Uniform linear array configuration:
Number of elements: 24
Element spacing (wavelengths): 1
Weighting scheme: hamming
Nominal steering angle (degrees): -30
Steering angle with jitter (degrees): -29.249
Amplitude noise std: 0.05
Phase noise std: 0.05

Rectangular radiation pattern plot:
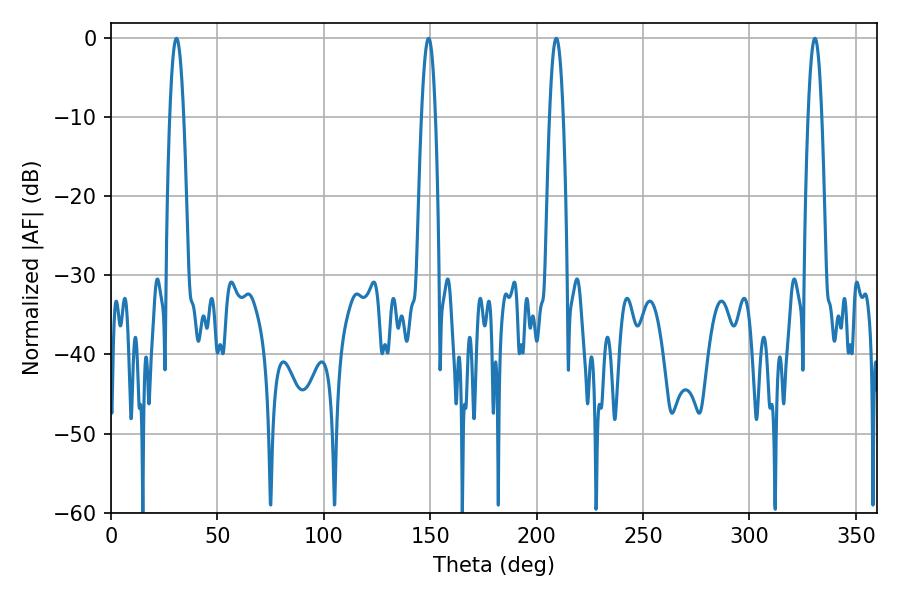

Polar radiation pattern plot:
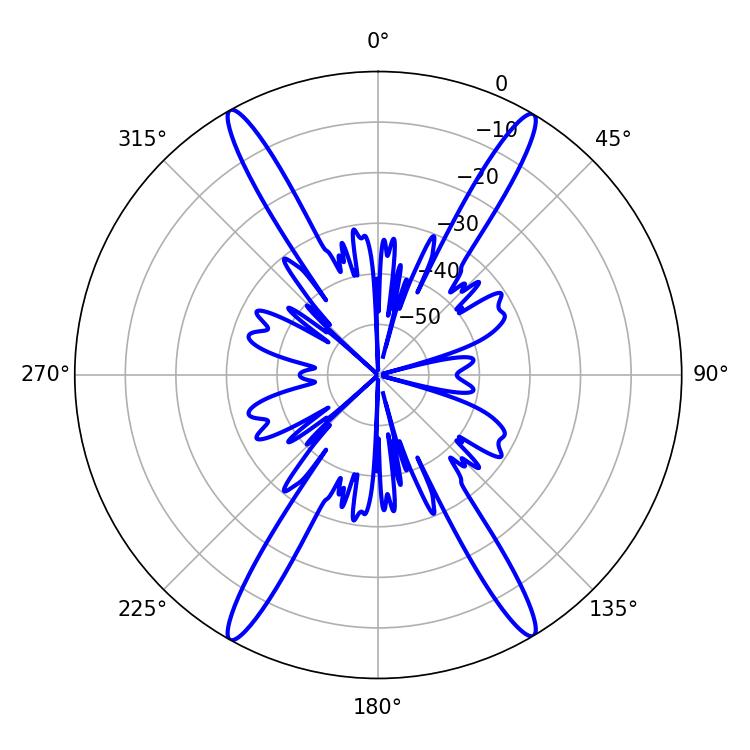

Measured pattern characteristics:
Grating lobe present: TRUE
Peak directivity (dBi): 26.57
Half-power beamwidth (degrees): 3.6
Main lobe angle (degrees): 30.78